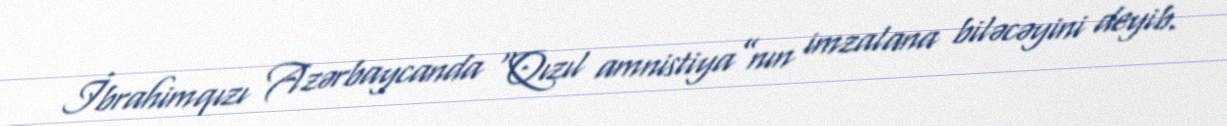
İbrahimqızı Azərbaycanda “Qızıl amnistiya”nın imzalana biləcəyini deyib.